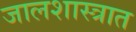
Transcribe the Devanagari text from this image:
जालशास्त्रात